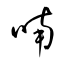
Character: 喃